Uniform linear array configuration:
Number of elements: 48
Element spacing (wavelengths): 0.75
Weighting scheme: cosine
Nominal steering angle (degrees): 45
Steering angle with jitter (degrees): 46.202
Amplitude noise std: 0.05
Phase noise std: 0.05

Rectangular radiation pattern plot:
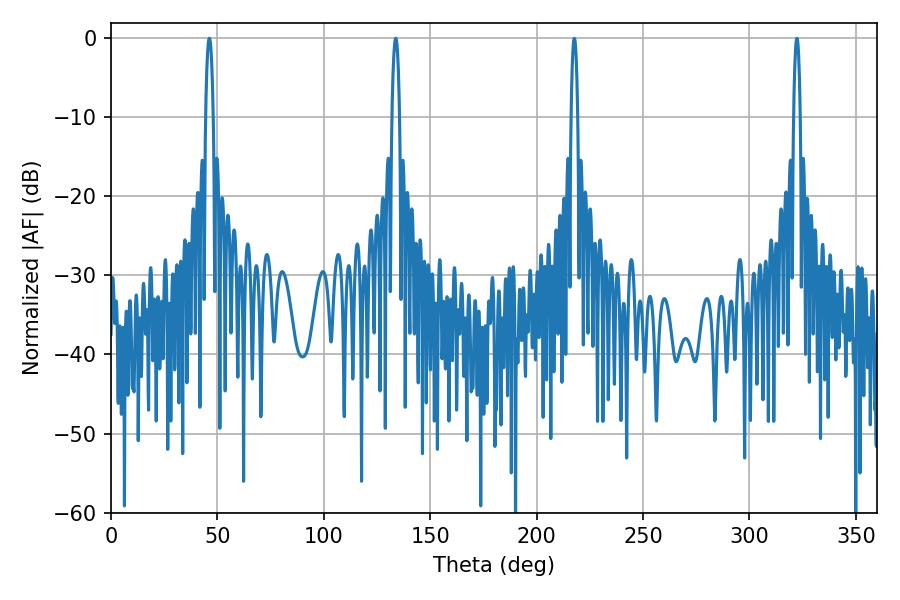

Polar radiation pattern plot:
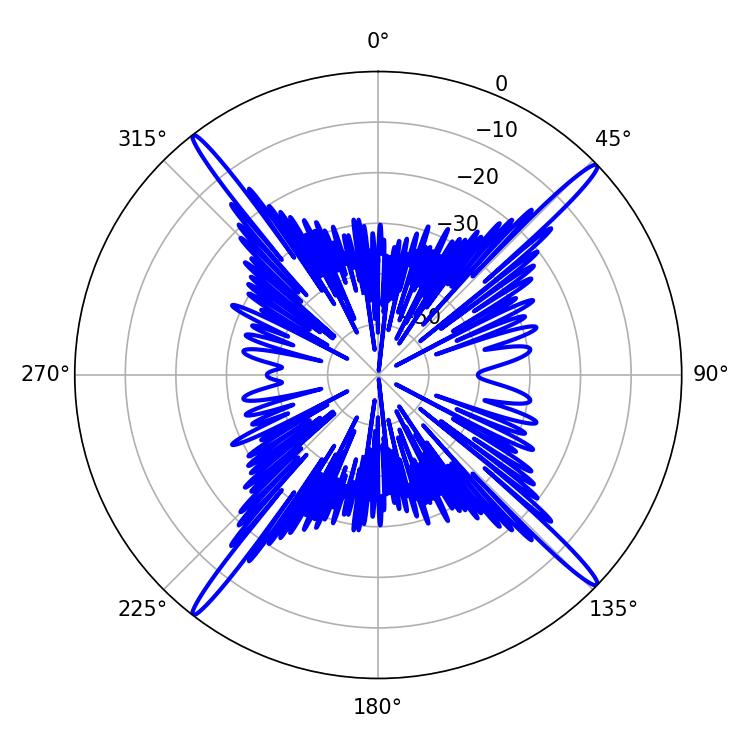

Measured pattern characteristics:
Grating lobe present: TRUE
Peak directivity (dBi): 21.184
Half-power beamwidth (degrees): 1.98
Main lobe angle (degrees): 46.26